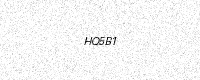
Text: HQ5B1